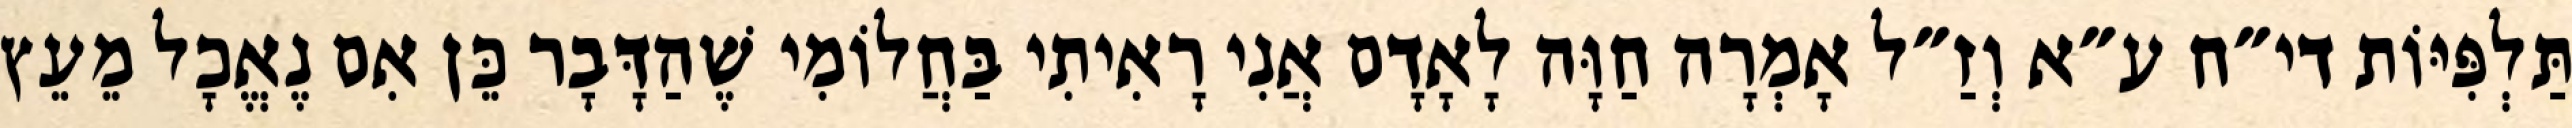
תַּלְפִּיּוֹת די״ח ע״א וְזַ״ל אָמְרָה חַוָּה לָאָדָם אֲנִי רָאִיתִי בַּחֲלוֹמִי שֶׁהַדָּבָר כֵּן אִם נֶאֱכָל מֵעֵץ